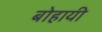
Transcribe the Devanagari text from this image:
बोहायी